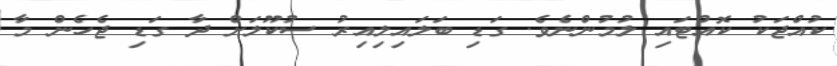
ކުއްޖަކު ކޮއްޓައި ލުމުންނެވެ. ގަޑި ބަލައިލިއިރު ސުކޫލަށް ދާ ގަޑި ޖެހެން މާ